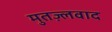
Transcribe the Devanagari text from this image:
मुतज़्लवाद